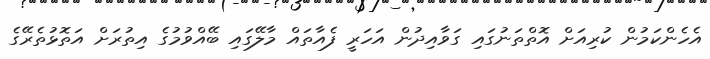
އެހެންކަމުން ކުރިއަށް އޮތްތަނުގައި ގަވާއިދުން އަހަރީ ފެއާތައް މާލޭގައި ބޭއްވުމުގެ އިތުރަށް އަތޮޅުތެރޭގެ